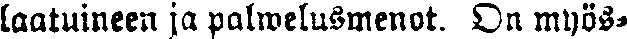
laatuineen ja palwelusmenot. On myös-